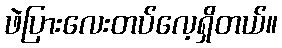
ဖဲပြားလေးတပ်လေ့ရှိတယ်။